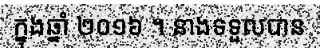
ក្នុងឆ្នាំ ២០១៦ ។ នាងទទួលបាន